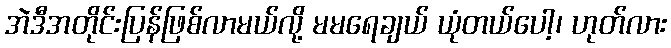
အဲဒီအတိုင်းပြန်ဖြစ်လာမယ်လို့ မမရေချယ် ယုံတယ်ပေါ့၊ ဟုတ်လား